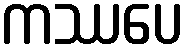
ကဿပေ